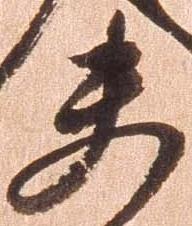
夫